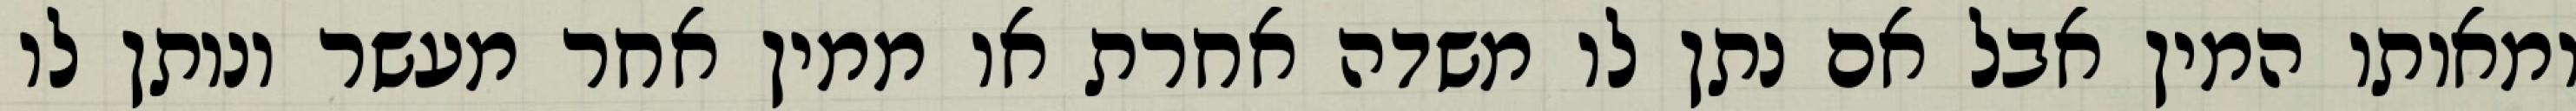
ומאותו המין אבל אם נתן לו משדה אחרת או ממין אחר מעשר ונותן לו